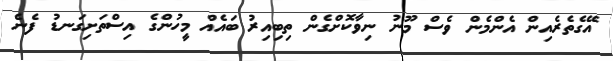
އޭގެތެރެއިން އެންމެން ވެސް މޫނު ނިވާކޮށްގެން ތިބިއިރު ބައެއް މީހުންގެ އިސްތަށިގަނޑު ފެނެ